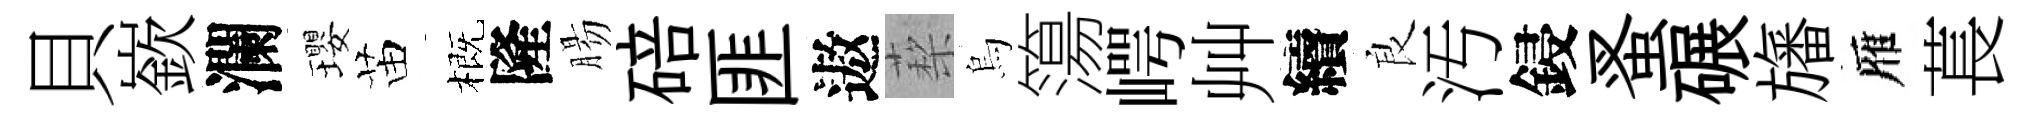
貝嶔瀾瓔苗概隆腸碚匪遨蔾烏簜崿艸續良汚鋟蚤碾旛雁萇